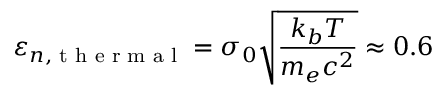
\varepsilon _ { n , \textnormal { t h e r m a l } } = \sigma _ { 0 } \sqrt { \frac { k _ { b } T } { m _ { e } c ^ { 2 } } } \approx 0 . 6